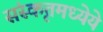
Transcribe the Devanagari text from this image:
संस्कृतमध्येये